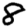
Digit: 8